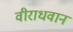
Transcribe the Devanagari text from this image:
वीराधवानं